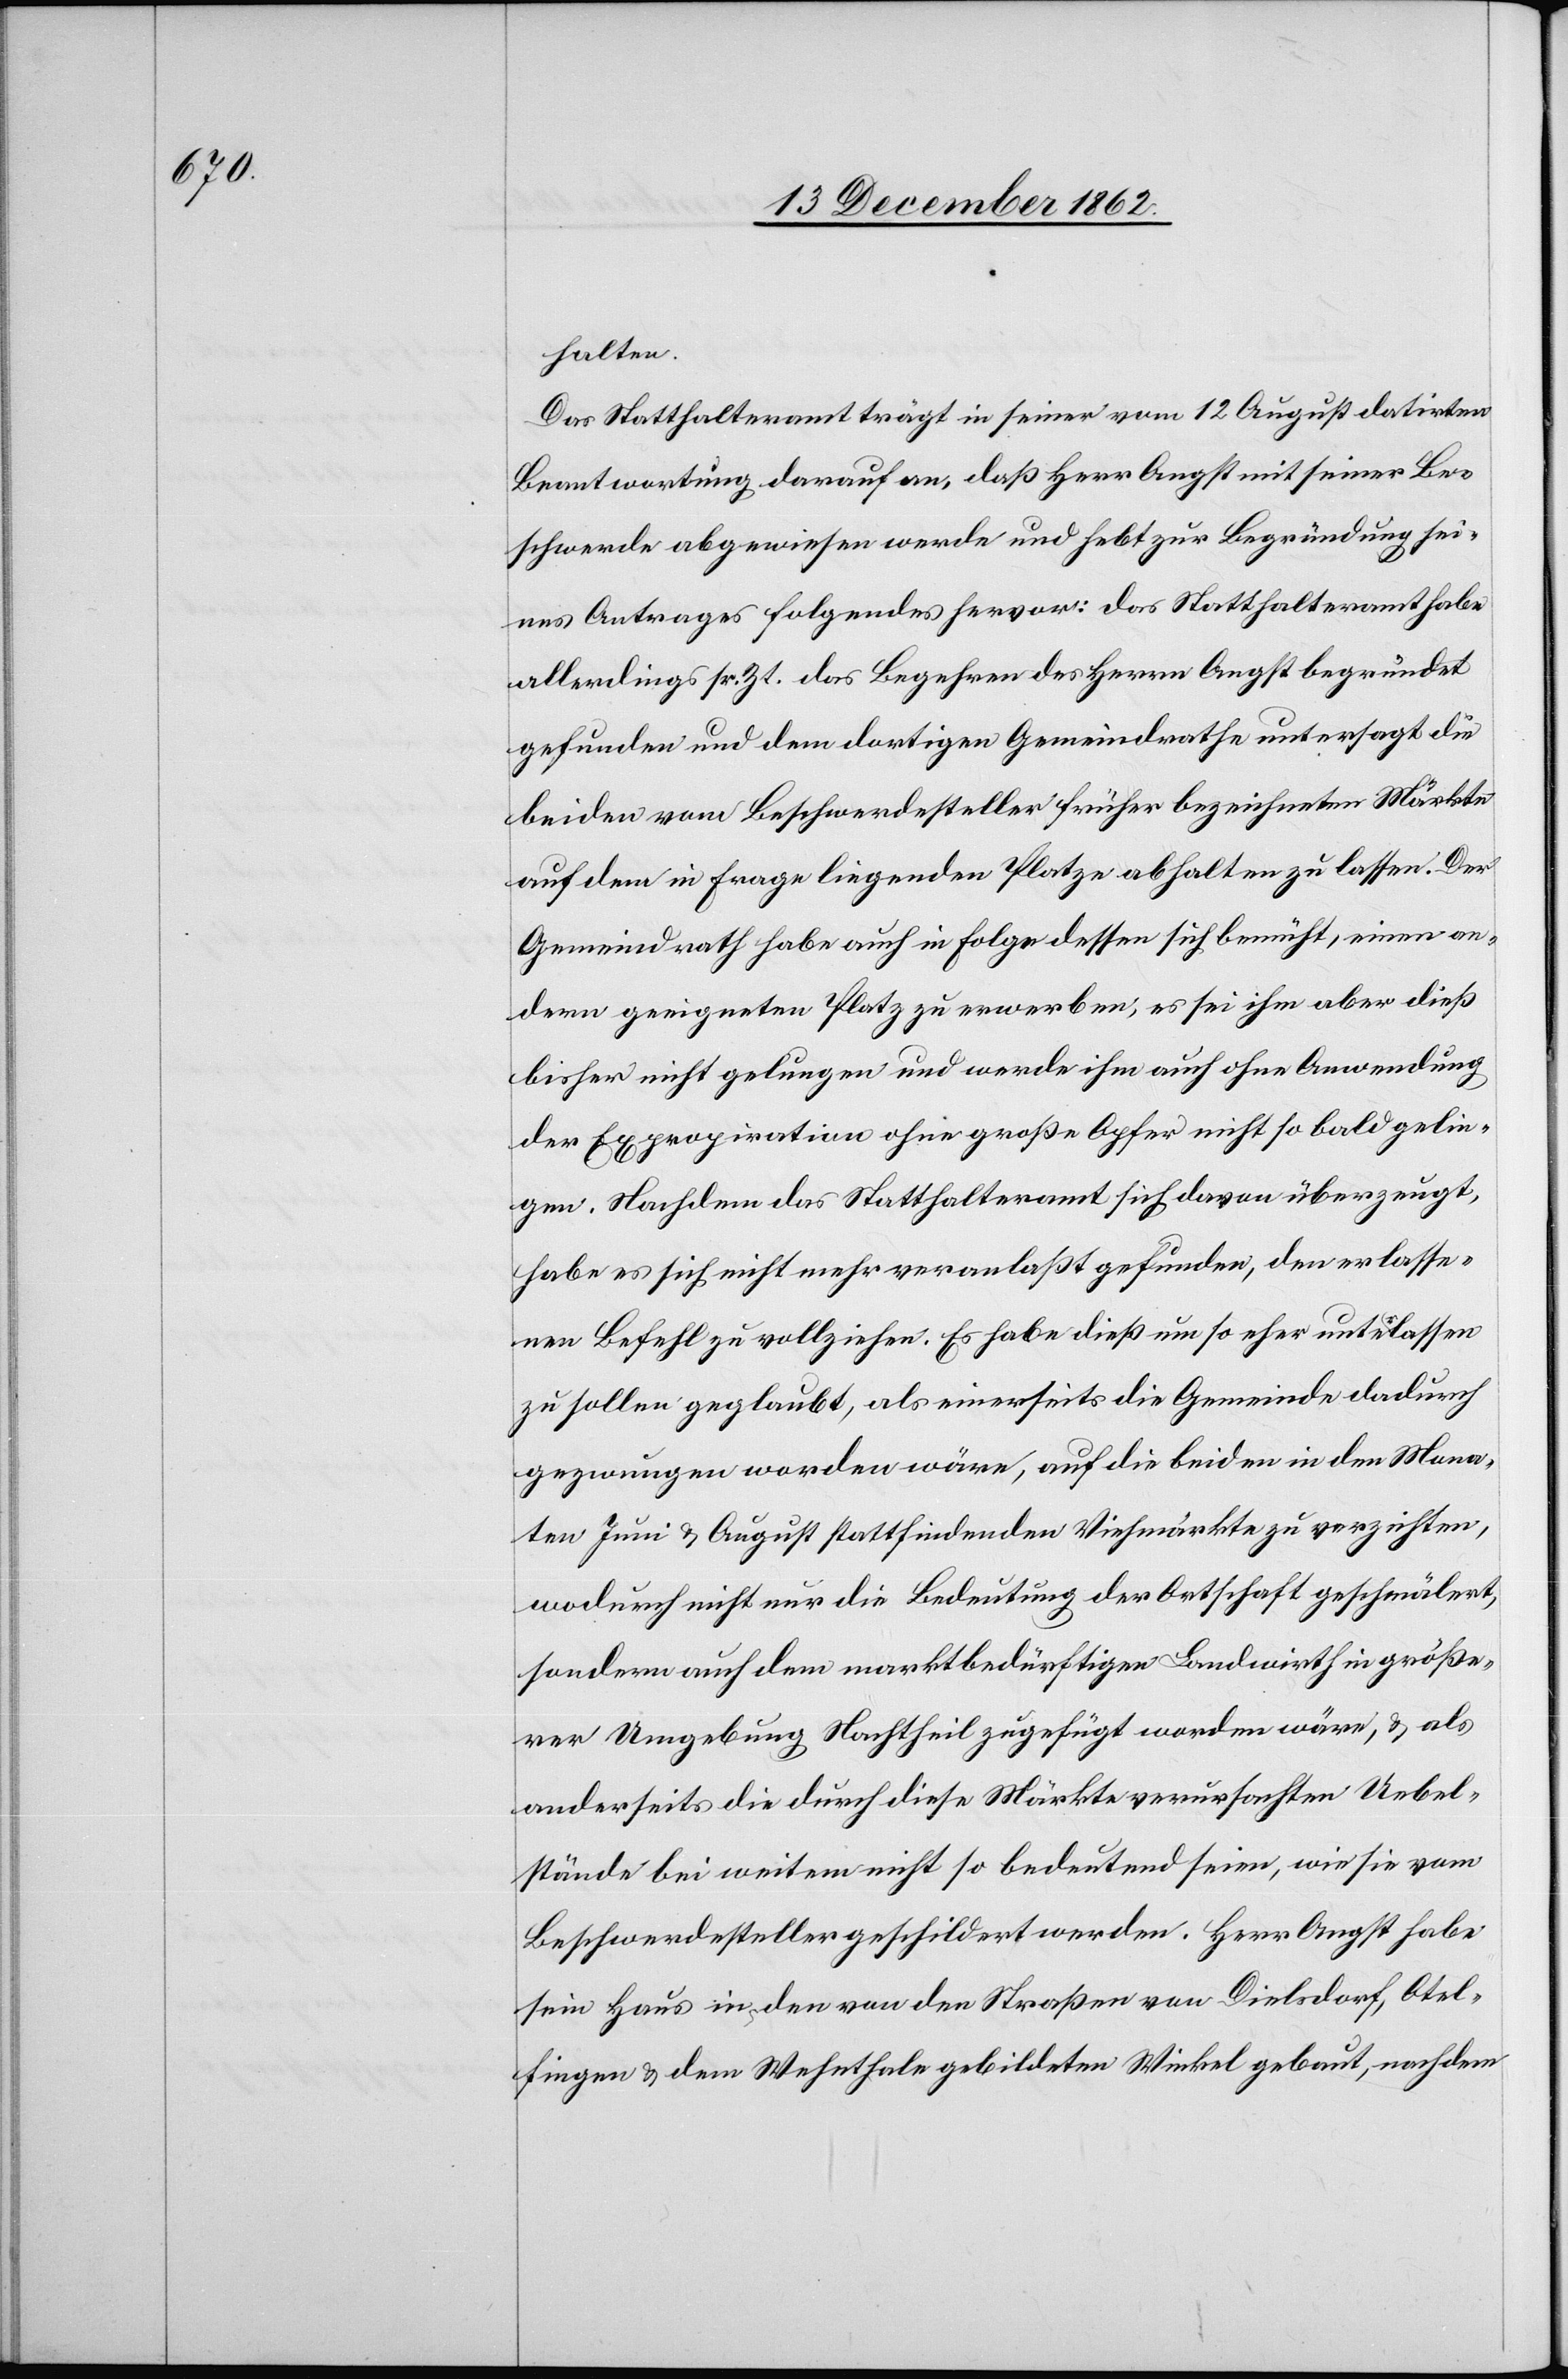
halten.
Das Statthalteramt trägt in seiner vom 12. August datirten
Beantwortung darauf an, daß Herr Angst mit seiner Be¬
schwerde abgewiesen werde und hebt zur Begründung sei¬
nes Antrages folgendes hervor: das Statthalteramt habe
allerdings sr. Zt. das Begehren des Herrn Angst begründet
gefunden und dem dortigen Gemeindrathe untersagt die
beiden vom Beschwerdesteller früher bezeichneten Märkte
auf dem in Frage liegenden Platze abhalten zu lassen. Der
Gemeindrath habe auch in Folge dessen sich bemüht, einen an¬
dern geeigneten Platz zu erwerben, es sei ihm aber dieß
bisher nicht gelungen und werde ihm auch ohne Anwendung
der Expropriation ohne große Opfer nicht so bald gelin¬
gen. Nachdem das Statthalteramt sich davon überzeugt,
habe es sich nicht mehr veranlaßt gefunden, den erlasse¬
nen Befehl zu vollziehen. Es habe dieß um so eher unterlassen
zu sollen geglaubt, als einerseits die Gemeinde dadurch
gezwungen worden wäre, auf die beiden in den Mona¬
ten Juni u. August stattfindenden Viehmärkte zu verzichten,
wodurch nicht nur die Bedeutung der Ortschaft geschmälert,
sondern auch dem marktbedürftigen Landwirth in größe¬
rer Umgebung Nachtheil zugefügt worden wäre, u. als
anderseits die durch diese Märkte verursachten Uebel¬
stände bei weitem nicht so bedeutend seien, wie sie vom
Beschwerdesteller geschildert werden. Herr Angst habe
sein Haus in den von den Straßen von Dielsdorf, Otel¬
fingen u. dem Wehnthale gebildeten Winkel gebaut, nachdem